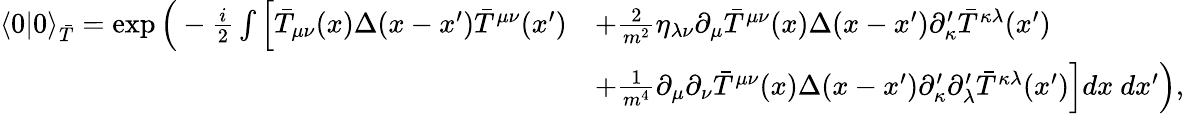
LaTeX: {\begin{array}{rl}{\langle 0|0\rangle_{\bar{T}}=\exp{\Big(}-{\frac{i}{2}}\int{\Big[}{\bar{T}}_{\mu\nu}(x)\Delta(x-x^{\prime}){\bar{T}}^{\mu\nu}(x^{\prime})}&{+{\frac{2}{m^{2}}}\eta_{\lambda\nu}\partial_{\mu}{\bar{T}}^{\mu\nu}(x)\Delta(x-x^{\prime})\partial_{\kappa}^{\prime}{\bar{T}}^{\kappa\lambda}(x^{\prime})}\\ &{+{\frac{1}{m^{4}}}\partial_{\mu}\partial_{\nu}{\bar{T}}^{\mu\nu}(x)\Delta(x-x^{\prime})\partial_{\kappa}^{\prime}\partial_{\lambda}^{\prime}{\bar{T}}^{\kappa\lambda}(x^{\prime}){\Big]}dx~dx^{\prime}{\Big)},}\end{array}}